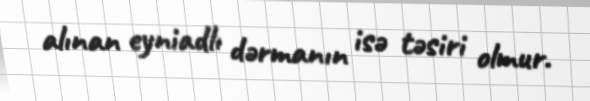
alınan eyniadlı dərmanın isə təsiri olmur.